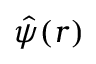
\hat { \psi } ( r )